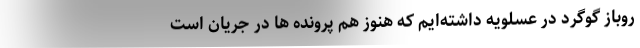
روباز گوگرد در عسلویه داشته‌ایم که هنوز هم پرونده ها در جریان است